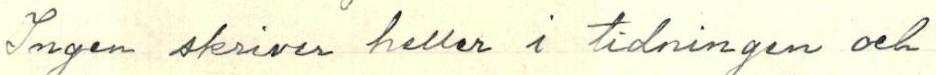
Ingen skriver heller i tidningen och